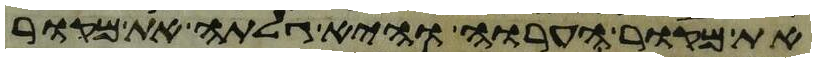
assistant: את מקור הערוה והיא גלתה את מקור